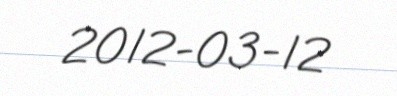
2012-03-12